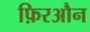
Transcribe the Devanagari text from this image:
फ़िरऔन